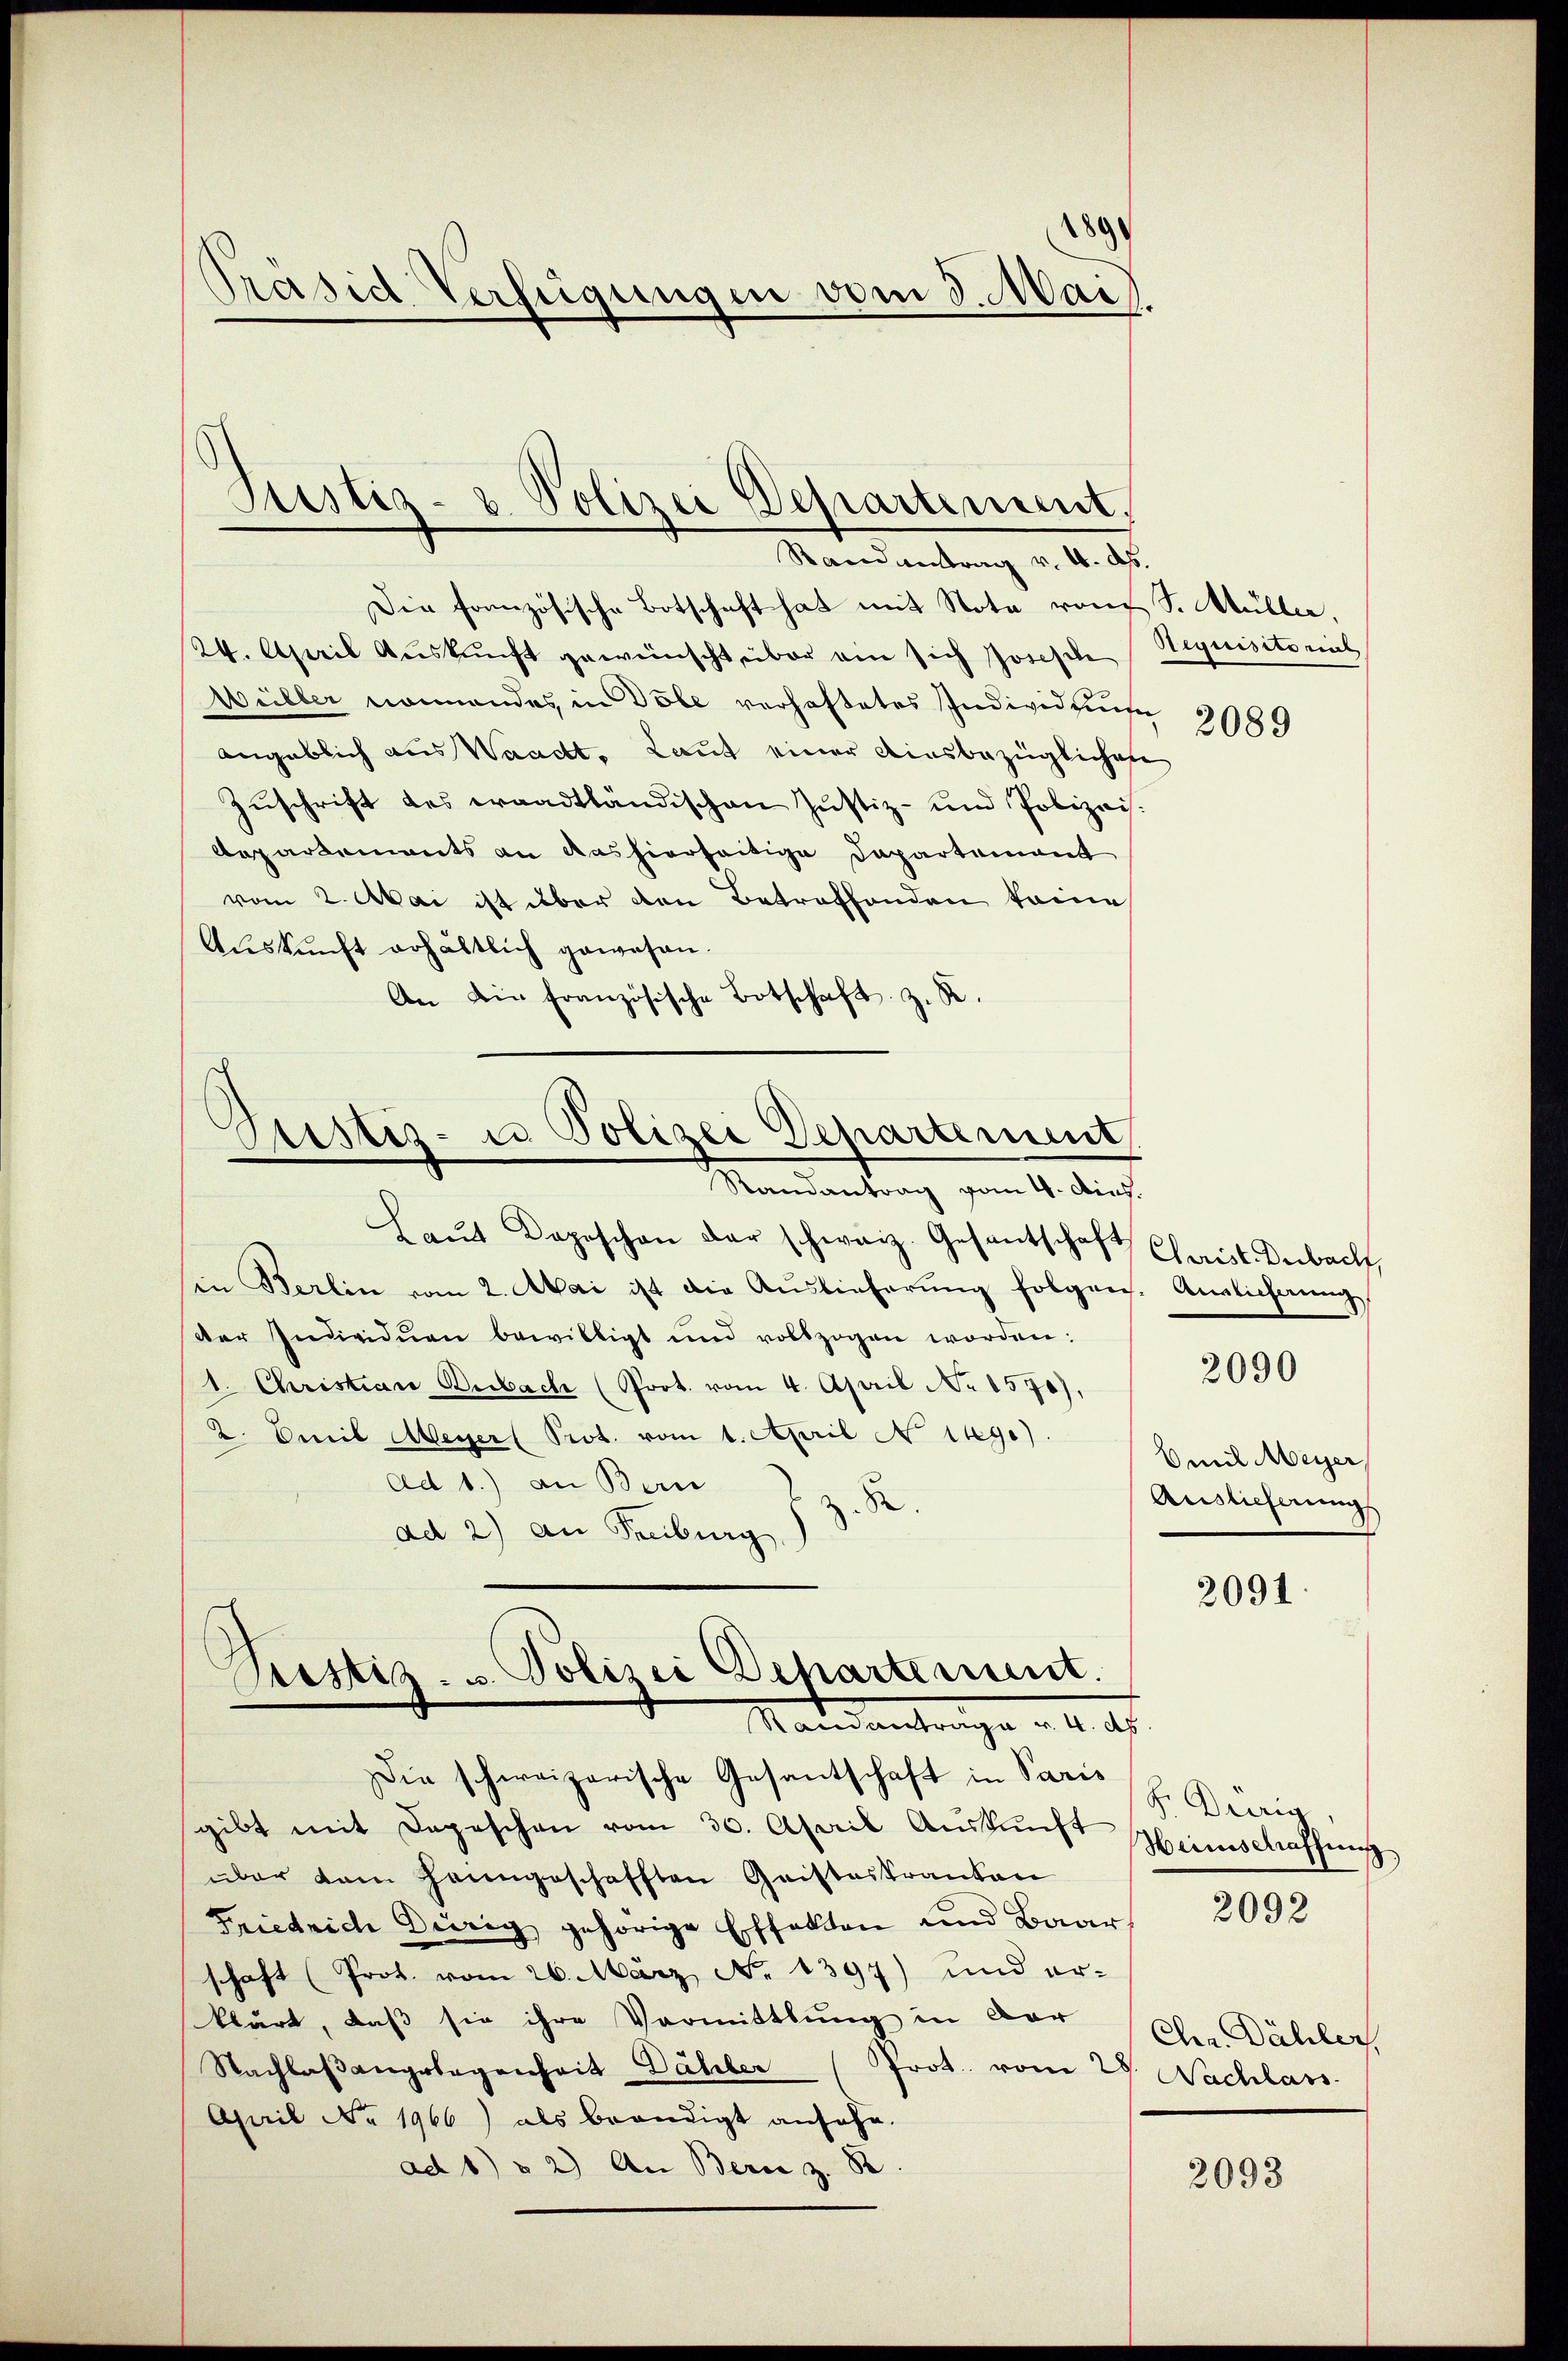
1899
Präsid Verfügungen vom 8. Mai

Justiz- u. Polizei Departement,
Randantrag v. 4. ds.

Die französische Botschaft hat mit Note von S. Müller,
24. April Aŭskŭnft gewünscht über ein sich Josische Requisitorial
Wüller nonnendes, in Dole verhaftetes Individuum
angeblich aus Waadt. Laut einer Ainsbezüglichen
Zŭschrift des waadtländischen Justiz- und Polizei.
Aepartements an das hierseitige Dapartement
vom 2. Mai ist über den Betreffenden keine
Auskunft erhältlich gewesen.
An die französische Botschaft z. R.

Justiz- u Polizei Departement,
Randantrag vom 4. Dich.

.
Pestiz- u. Polizei Departement.
Mandantrage u. a. a.

Laŭt Dogeschon der schweiz. Gesantschaft Christ. Derbach,
in Berlin vom 2. Mai ist die Auslieferung folgen. Auslichnung
der Individuen bewilligt und vollzogen worden:
1. Christian Bubach (Prot. vom 4. April No 1570),
2. Emil Meyer Prot. vom 1. April N 1490).
ad 1.) an Bern
.
ad 2) an Freiburg
Die schweizerische Gesantschaft in Paris
gibt mit Depeschen vom 30. April Aŭskŭnft einschaffen
über dem Hanngeschafften Geisteskranken
Friedrich Dirig gehörige Effekten und Baar
schaft (Prot. vom 26. März No. 1397) und er-
klärt, daß sie ihre Vormittlung in der Der Dähler,
Nachlaβangelegenheit Dähler (Prot. vom 28. Nachlass
April No 1966) als beendigt ansehe.
ad 1) § 2) An Bern z. 82.

2093

2089

2090

Emil Meyer,
Auslieferungs

2091.

S. Dürig,

2092